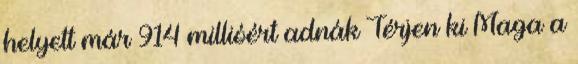
helyett már 914 millióért adnák Térjen ki Maga a